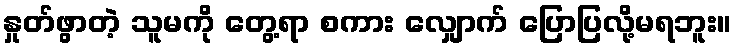
နှုတ်ဖွာတဲ့ သူမကို တွေ့ရာ စကား လျှောက် ပြောပြလို့မရဘူး။